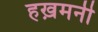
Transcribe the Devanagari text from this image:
हख़मनी